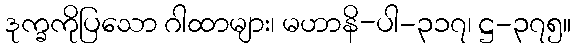
ဒုက္ခကိုပြသော ဂါထာများ၊ မဟာနိ-ပါ-၃၁၇၊ ဋ္ဌ-၃၇၅။